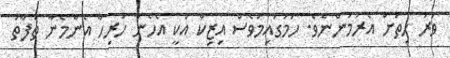
ވަރު ހިތަށް އެރުމުންނެވެ. ހަމަގައިމުވެސް އިޒިކް އަކީ އެހެން ހުރިހާ އެންމެނާ ތަފާތު